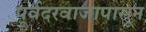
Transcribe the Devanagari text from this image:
पूर्वदरवाजापासून